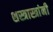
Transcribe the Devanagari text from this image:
शस्त्रास्त्रांनी